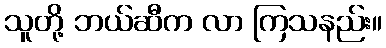
သူတို့ ဘယ်ဆီက လာ ကြသနည်း။